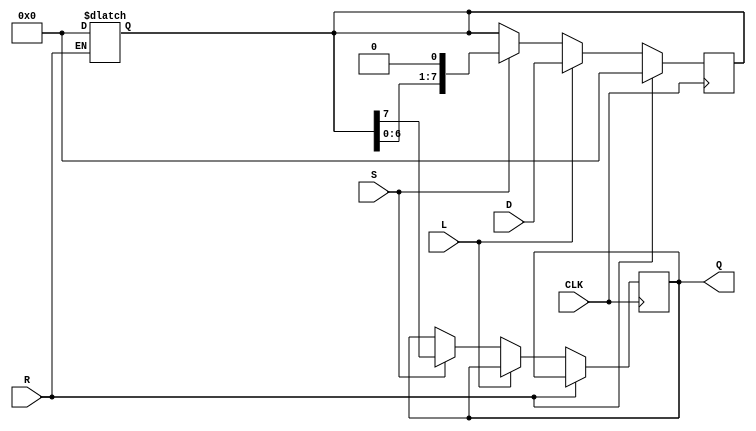
module PISO_Register #(
    parameter N = 8  // Width of the parallel data input
)(
    input  wire [N-1:0] D,  // Parallel Data Input
    input  wire L,          // Load signal
    input  wire S,          // Shift signal
    input  wire CLK,        // Clock signal
    input  wire R,          // Reset signal
    output reg  Q           // Serial Output
);

    reg [N-1:0] shift_reg;  // Internal shift register

    // Asynchronous reset
    always @(*) begin
        if (R) begin
            shift_reg = {N{1'b0}}; // Clear the register
        end
    end

    // Edge-triggered behavior
    always @(posedge CLK) begin
        if (R) begin
            shift_reg <= {N{1'b0}}; // Clear the register on reset
        end else if (L) begin
            shift_reg <= D;          // Load parallel data into the register
        end else if (S) begin
            Q <= shift_reg[N-1];     // Output the MSB to Q
            shift_reg <= {shift_reg[N-2:0], 1'b0}; // Shift right and fill LSB with 0
        end
    end

endmodule